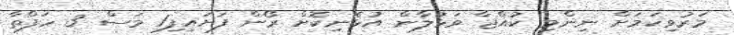
މަރުވިކަމަށް ނިންމި ކުއްޖާ ވަޅުލާން އުޅެނިކޮށް ރޯން ފަށައިފި1 މަސް 3 ހަފްތާ